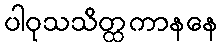
ပါဝုသသိတ္ထကာနနေ